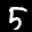
Digit: 5